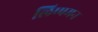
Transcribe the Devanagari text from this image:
लिप्पमन